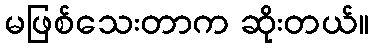
မဖြစ်သေးတာက ဆိုးတယ်။